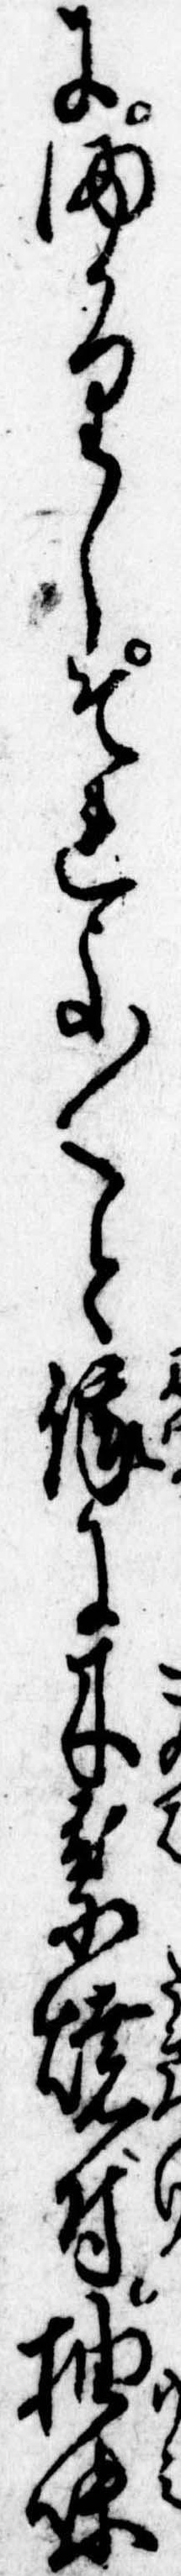
にまかりしそれよ〱と俄に木葉焼付柚味